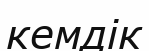
кемдік